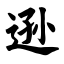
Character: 逊